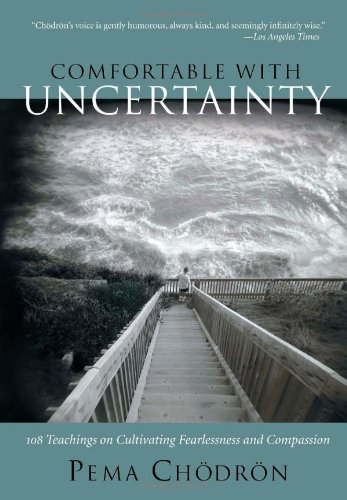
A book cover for Comfortable with Uncertainty: 108 Teachings on Cultivating Fearlessness and Compassion; Pema ChÃ¶drÃ¶n; Self-Help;